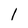
Character: l